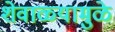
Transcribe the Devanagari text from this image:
शेवाळ्यामुळे